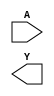
`timescale 1 ns/100 ps
// Version: 


module HS_IO_CLK(
       A,
       Y
    )
/* synthesis black_box

pragma attribute HS_IO_CLK ment_tpd0 A->Y+1.384
*/
/* synthesis black_box black_box_pad ="" */
 ;
input  A;
output Y;

endmodule